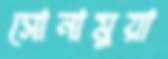
সোনামুয়া